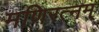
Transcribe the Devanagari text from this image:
मणिरत्‍नम्